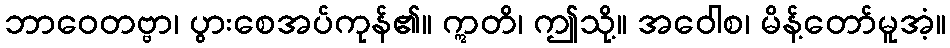
ဘာဝေတဗ္ဗာ၊ ပွားစေအပ်ကုန်၏။ ဣတိ၊ ဤသို့။ အဝေါစ၊ မိန့်တော်မူအံ့။